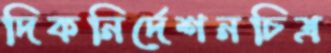
দিকনির্দেশনচিত্র